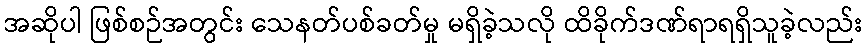
အဆိုပါ ဖြစ်စဉ်အတွင်း သေနတ်ပစ်ခတ်မှု မရှိခဲ့သလို ထိခိုက်ဒဏ်ရာရရှိသူခဲ့လည်း